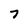
Character: 7